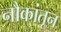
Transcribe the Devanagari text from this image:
नौकांतून